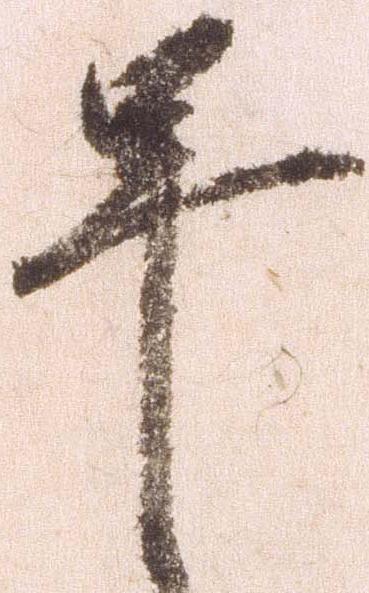
早